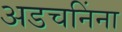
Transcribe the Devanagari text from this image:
अडचनिंना